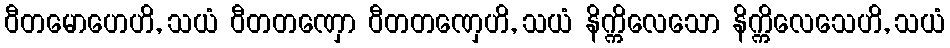
ဝီတမောဟေဟိ, သယံ ဝီတတဏှော ဝီတတဏှေဟိ, သယံ နိက္ကိလေသော နိက္ကိလေသေဟိ, သယံ